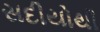
સદીયોથી